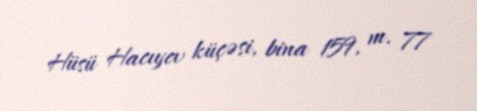
Hüsü Hacıyev küçəsi, bina 159, m. 77